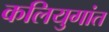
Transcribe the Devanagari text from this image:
कलियुगांत